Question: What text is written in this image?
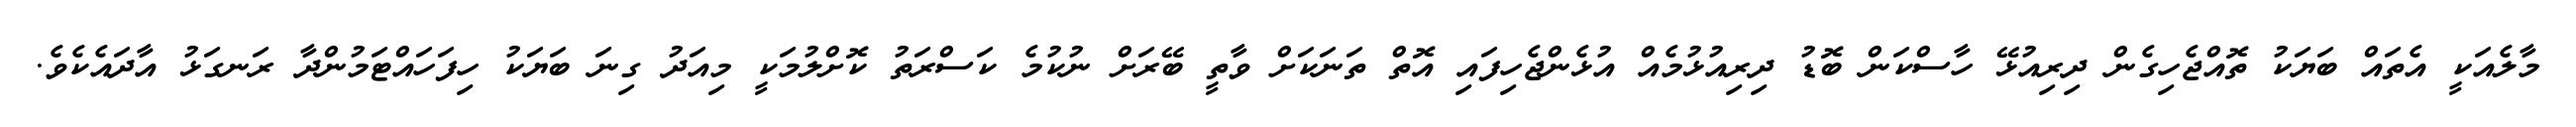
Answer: މާލެއަކީ އެތައް ބަޔަކު ތޮއްޖެހިގެން ދިރިއުޅޭ ހާސްކަން ބޮޑު ދިރިއުޅުމެއް އުޅެންޖެހިފައި އޮތް ތަނަކަށް ވާތީ ބޭރަށް ނުކުމެ ކަސްރަތު ކޮށްލުމަކީ މިއަދު ގިނަ ބަޔަކު ހިފަހައްޓަމުންދާ ރަނގަޅު އާދައެކެވެ.